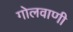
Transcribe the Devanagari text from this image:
गोलवाणी